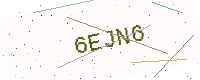
Text: 6EJN6